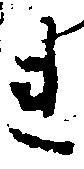
れ